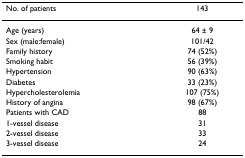
<table><thead><tr><td><b>No. of patients</b></td><td><b>143</b></td></tr></thead><tbody><tr><td>Age (years)</td><td>64 ± 9</td></tr><tr><td>Sex (male:female)</td><td>101/42</td></tr><tr><td>Family history</td><td>74 (52%)</td></tr><tr><td>Smoking habit</td><td>56 (39%)</td></tr><tr><td>Hypertension</td><td>90 (63%)</td></tr><tr><td>Diabetes</td><td>33 (23%)</td></tr><tr><td>Hypercholesterolemia</td><td>107 (75%)</td></tr><tr><td>History of angina</td><td>98 (67%)</td></tr><tr><td>Patients with CAD</td><td>88</td></tr><tr><td>1-vessel disease</td><td>31</td></tr><tr><td>2-vessel disease</td><td>33</td></tr><tr><td>3-vessel disease</td><td>24</td></tr></tbody></table>